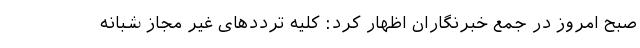
صبح امروز در جمع خبرنگاران اظهار کرد: کلیه ترددهای غیر مجاز شبانه